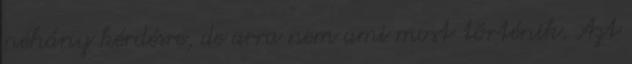
néhány kérdésre, de arra nem ami most történik. Azt